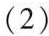
(2)